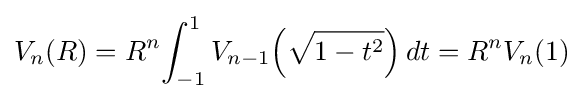
V_{n}(R)=R^{n}\!\int _{-1}^{1}V_{n-1}\!\left({\sqrt {1-t^{2}}}\right)dt=R^{n}V_{n}(1)